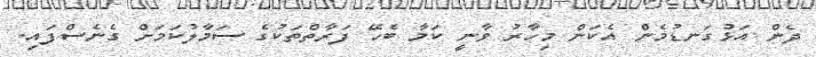
ދެން އަޅުގަނޑުމެން އެކަން މިހާރު ވާނީ ކަމާ ބެހޭ ފަރާތްތަކުގެ ސަމާލުކަމަށް ގެނެސްފައި.